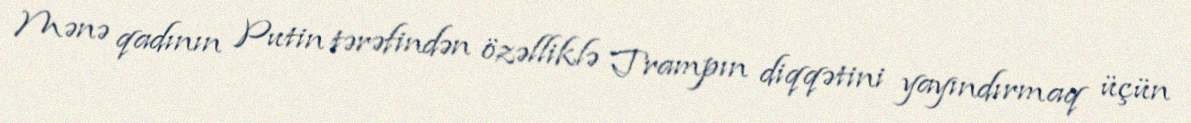
Mənə qadının Putin tərəfindən özəlliklə Trampın diqqətini yayındırmaq üçün